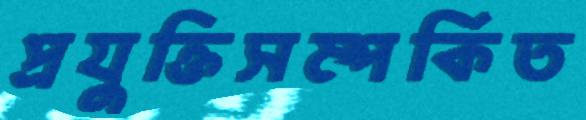
প্রযুক্তিসম্পর্কিত